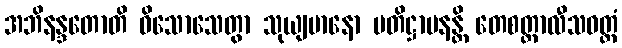
အဘိနန္ဒတောတိ ဝိသောသေတွာ သုယျမာနော ပတိဋ္ဌာပနန္တိ တေစတ္တာလီသဝတ္တံ